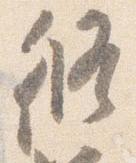
修